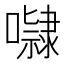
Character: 𭋺